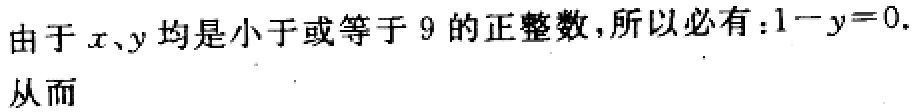
由于 \(x\)、\(y\) 均是小于或等于 \(9\) 的正整数，所以必有：\(1 - y = 0\).
从而